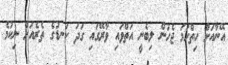
އޭނާއަށް ހިތްހަމަ ޖެހުން ލިބެނީ އަތްވައި ވާރޭގައި ގަދަ ކަނޑުގެ ތެރެއަށް ނިކުމެ